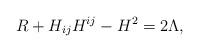
LaTeX: \begin{align*} R+H_{ij}H^{ij} -H^2 = 2\Lambda,\end{align*}